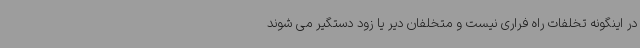
در اینگونه تخلفات راه فراری نیست و متخلفان دیر یا زود دستگیر می شوند